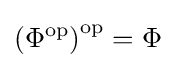
\left(\Phi ^{\operatorname {op} }\right)^{\operatorname {op} }=\Phi